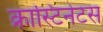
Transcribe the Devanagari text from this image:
क्रास्टिनेटस